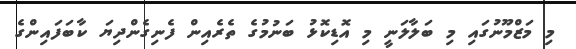
މި މަޒްމޫނުގައި މި ބަލާލަނީ މި އޮޑިކޮޅު ބަނުމުގެ ތެރެއިން ފެނިގެންދިޔަ ކާބަފައިންގެ